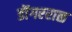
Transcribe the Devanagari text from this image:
डॊंगरराळ